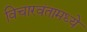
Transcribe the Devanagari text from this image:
विचारवंतामध्ये